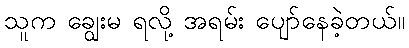
သူက ချွေးမ ရလို့ အရမ်း ပျော်နေခဲ့တယ်။